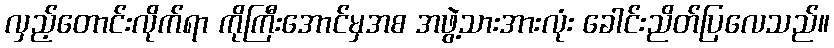
လှည့်တောင်းလိုက်ရာ ကိုကြီးအောင်မှအစ အဖွဲ့သားအားလုံး ခေါင်းညိတ်ပြလေသည်။